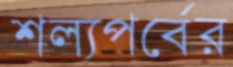
শল্যপর্বের